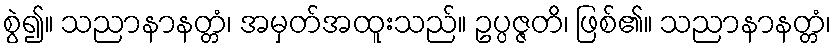
စွဲ၍။ သညာနာနတ္တံ၊ အမှတ်အထူးသည်။ ဥပ္ပဇ္ဇတိ၊ ဖြစ်၏။ သညာနာနတ္တံ၊